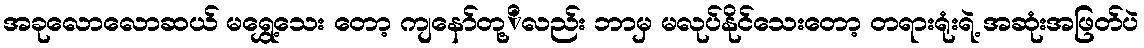
အခုလောလောဆယ် မရွှေ့သေး တော့ ကျနော်တု့ိလည်း ဘာမှ မလုပ်နိုင်သေးတော့ တရားရုံးရဲ့ အဆုံးအဖြတ်ပဲ